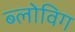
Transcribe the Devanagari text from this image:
ब्‍लोविग